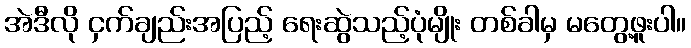
အဲဒီလို ငှက်ချည်းအပြည့် ရေးဆွဲသည့်ပုံမျိုး တစ်ခါမှ မတွေ့ဖူးပါ။